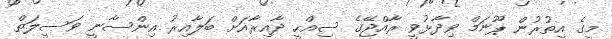
މީގެ އިތުރުން ޕޫނަމް ވިދާޅުވީ ރާއްޖޭގެ ސިއްހީ ދާއިރާއަށް ބަލާއިރު އިންސާނީ ވަސީލަތް